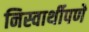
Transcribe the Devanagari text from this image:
निस्वार्थीपणे